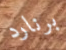
برنارد